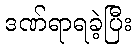
ဒဏ်ရာရခဲ့ပြီး